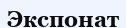
Экспонат